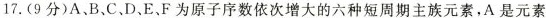
17.(9分)A、B、C.D、E.F为原子序数依次增大的六种短周期主族元素，A是元素